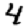
Digit: 4